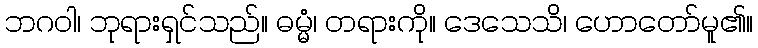
ဘဂဝါ၊ ဘုရားရှင်သည်။ ဓမ္မံ၊ တရားကို။ ဒေသေသိ၊ ဟောတော်မူ၏။